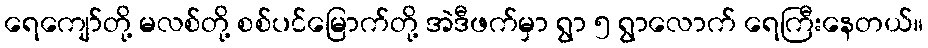
ရေကျော်တို့ မလစ်တို့ စစ်ပင်မြောက်တို့ အဲဒီဖက်မှာ ရွာ ၅ ရွာလောက် ရေကြီးနေတယ်။